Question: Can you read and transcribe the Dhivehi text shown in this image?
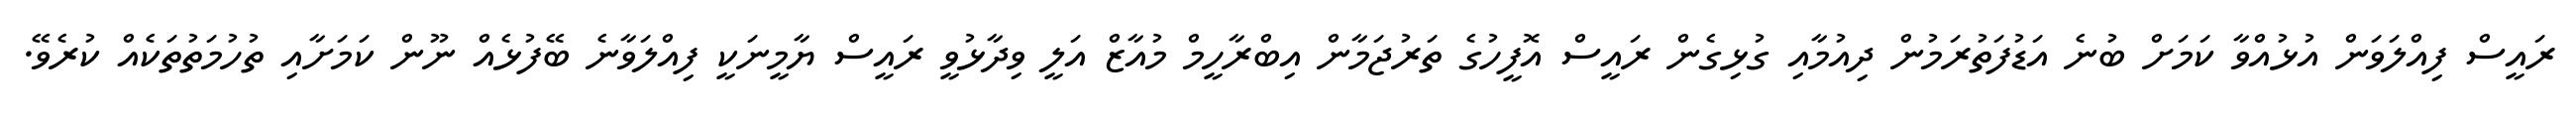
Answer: ރައީސް ފިއްލަވަން އުޅުއްވާ ކަމަށް ބުނެ އަޑުފަތުރަމުން ދިއުމާއި ގުޅިގެން ރައީސް އޮފީހުގެ ތަރުޖަމާން އިބްރާހީމް މުއާޒް އަލީ ވިދާޅުވީ ރައީސް ޔާމީނަކީ ފިއްލަވާނެ ބޭފުޅެއް ނޫން ކަމަށާއި ތުހުމަތުތަކެއް ކުރެވޭ.